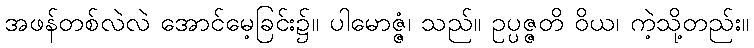
အဖန်တစ်လဲလဲ အောင်မေ့ခြင်း၌။ ပါမောဇ္ဇံ၊ သည်။ ဥပ္ပဇ္ဇတိ ဝိယ၊ ကဲ့သို့တည်း။